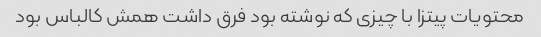
محتویات پیتزا با چیزی که نوشته بود فرق داشت همش کالباس بود